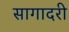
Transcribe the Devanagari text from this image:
सागादरी